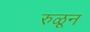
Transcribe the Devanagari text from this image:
रुळून